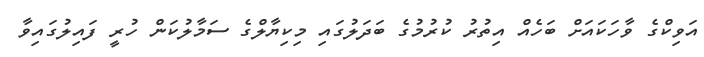
އަވިކްގެ ވާހަކައަށް ބަހެއް އިތުރު ކުރުމުގެ ބަދަލުގައި މިކިޔާލްގެ ސަމާލުކަން ހުރީ ފައިލުގައިވާ